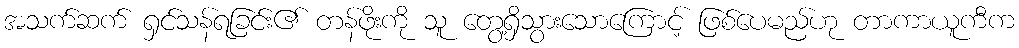
အသက်ဆက် ရှင်သန်ရခြင်း၏ တန်ဖိုးကို သူ တွေ့ရှိသွားသောကြောင့် ဖြစ်ပေမည်ဟု တာကာယူကီက